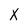
Character: x